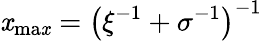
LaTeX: \mathit{x}_{\mathrm{{ma\mathit{x}}}}=\left(\xi^{-1}+\sigma^{-1}\right)^{-1}